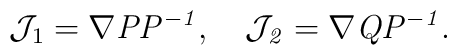
{\cal J}_1=\nabla \it PP^{-1},\quad{\cal J}_2=\nabla \it QP^{-1}.